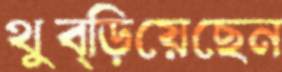
থুব্‌ড়িয়েছেন